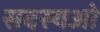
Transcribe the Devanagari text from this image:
सदस्यओ